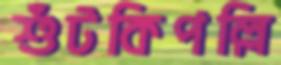
শুঁটকিপল্লি